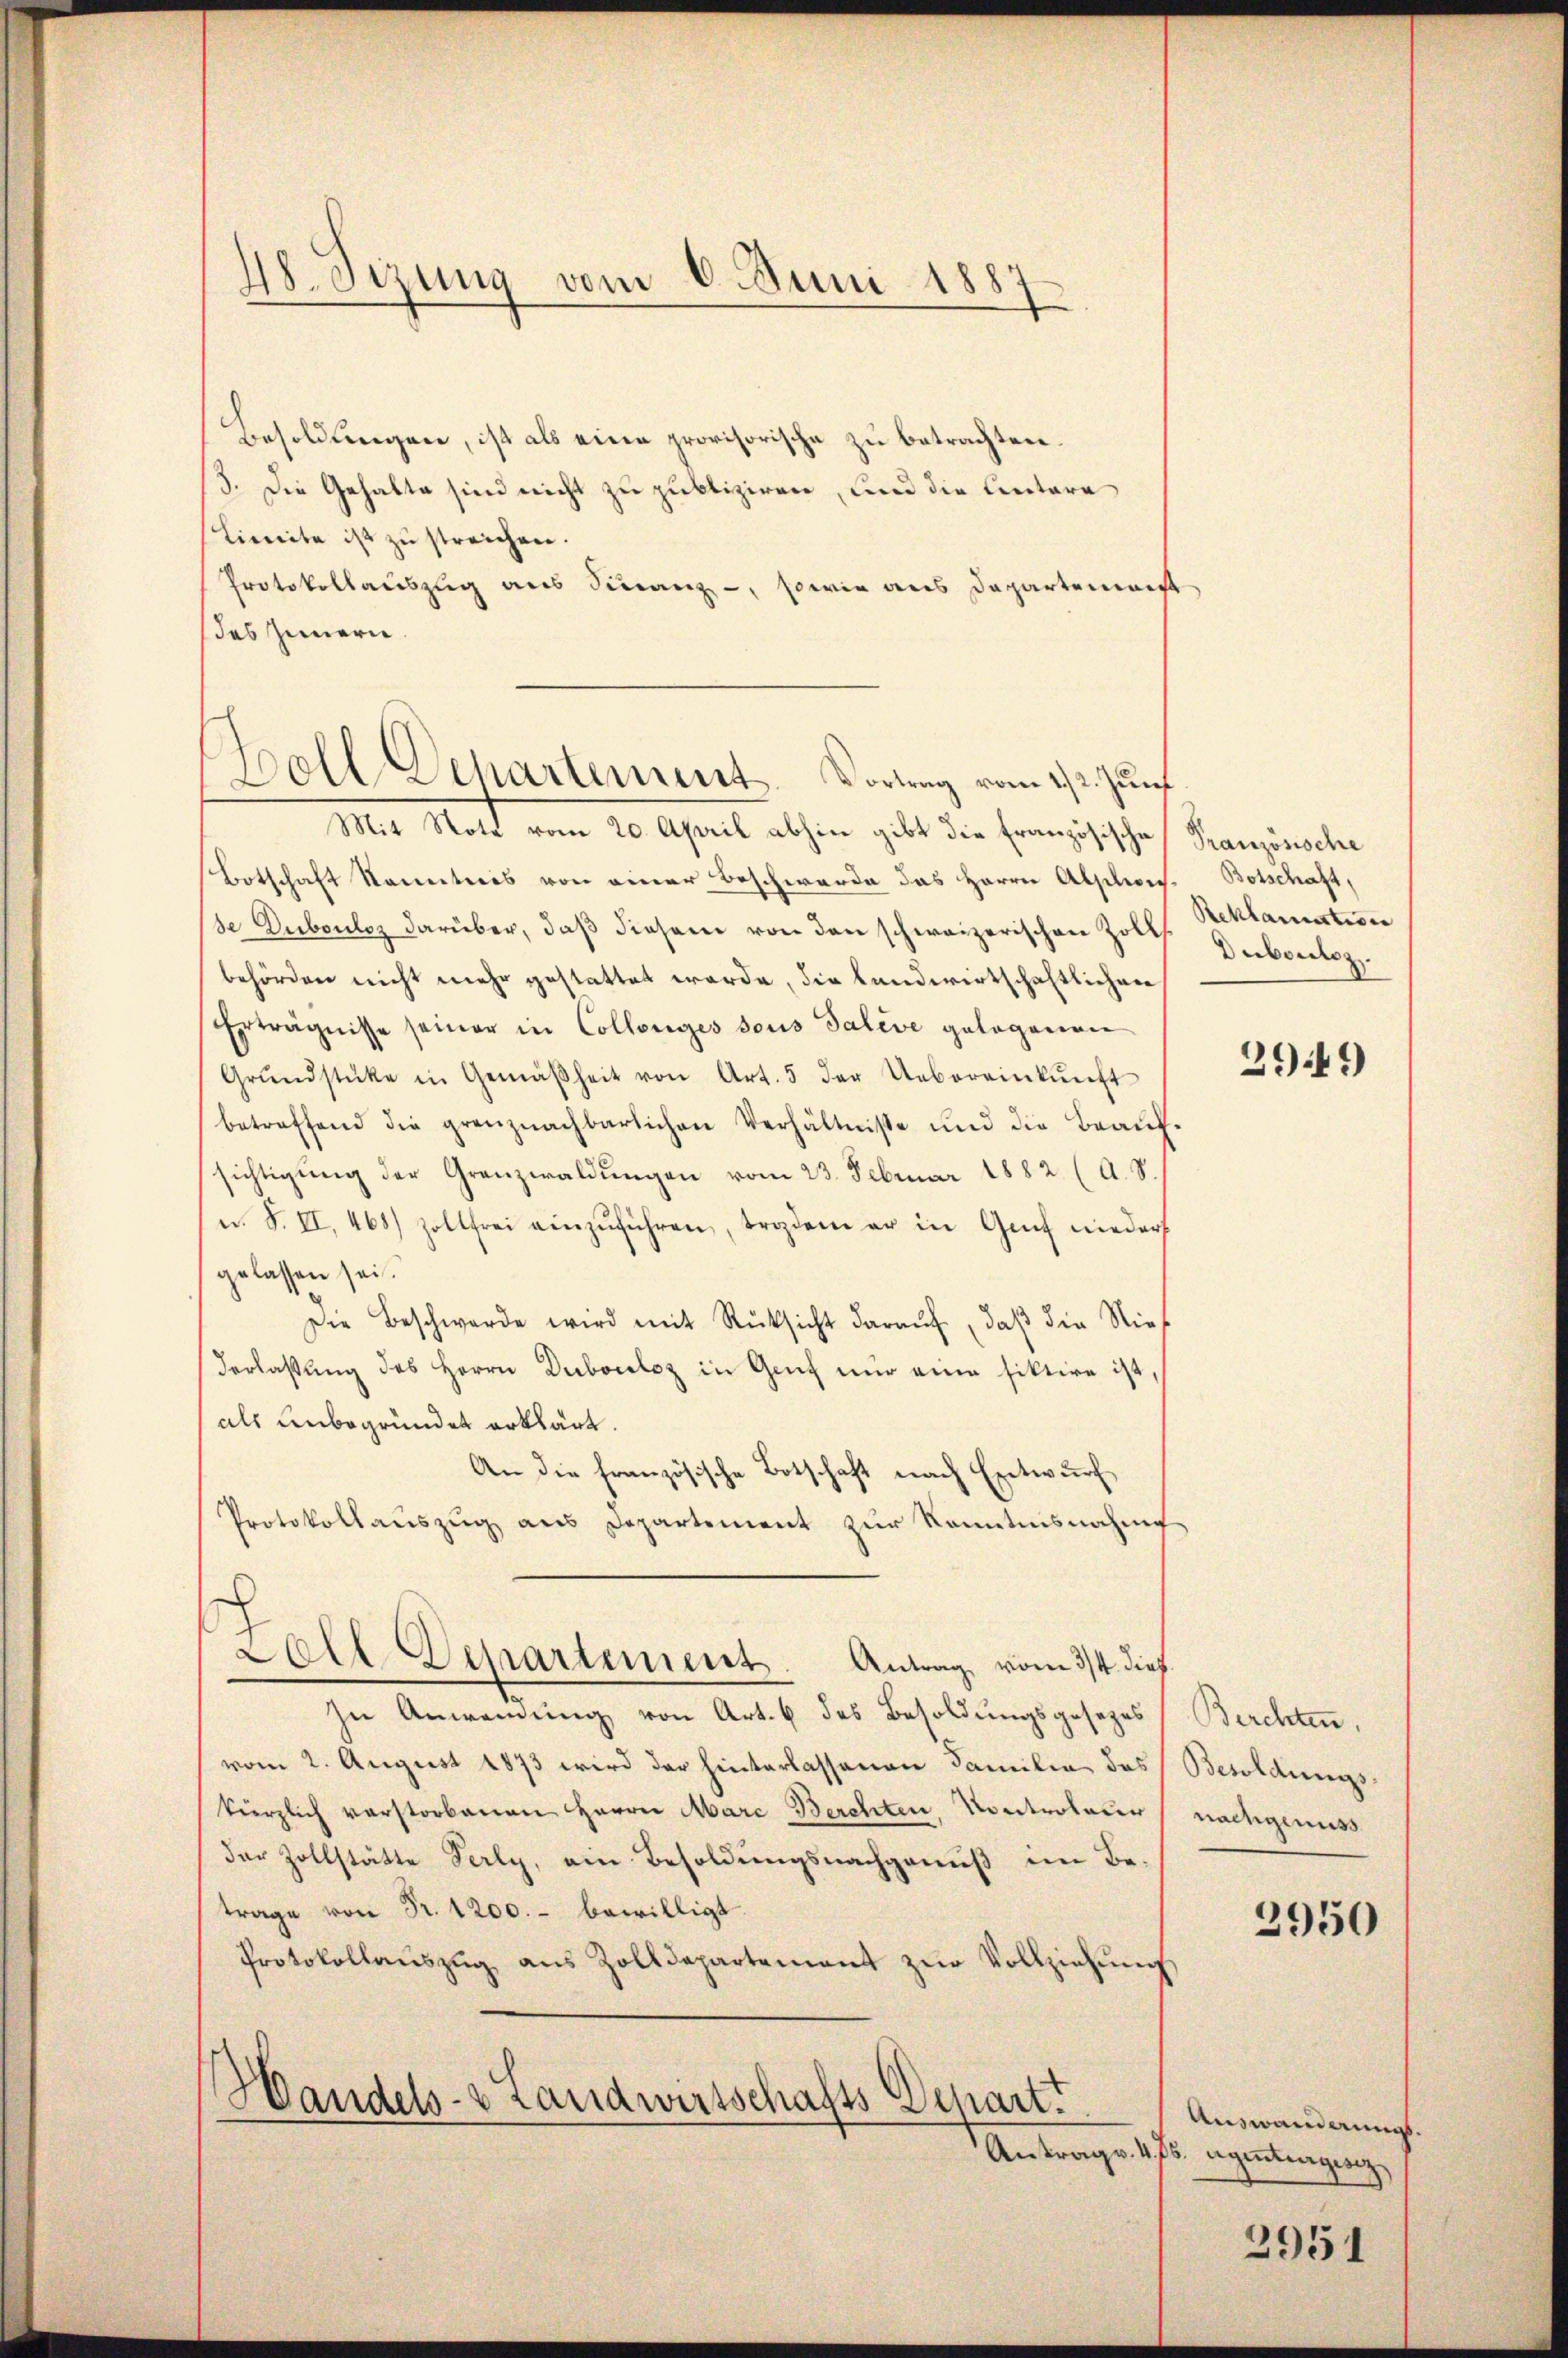
48. Sizung vom 6. Juni 1887

Besoldungen, ist als eine provisorische zu betrachten.
3. Die Gehalte sind nicht zu publiziren, und die Untere
(Limita ist zu streichen.
Protokollauszug aus Finanz-, sowie aus Departement
des Innern
Mit Note vom 20. April abhin gibt die Französische Französische
Botschaft kanntnis von einer Beschwerde das Herrn Alplies. Botschaft,
se Dubouloz darüber, daß diesem von den schweizerischen Zeit Guboulez
behörden nicht mehr gestattet werde, die Landwirtschaftlichen
Erträgnisse seiner in Collenges sous Talive gelegenen
Grŭndstücke in Gemäßheit von Art. 5 der Uebereinkŭnft
betreffend die grenznachbarlichen Verhältnisse und die Beaŭf-
sichtigŭng der Grenzwaldŭngen vom 23. Februar 1882 (A. S.
u. F. II, 468) zollfrei einzŭführen, traden er in Genf nieder
gelassen sei.
Die Beschwerde wird mit Rücksicht daraŭf, daß die Nie¬
Verlassung des Herrn Dubocelz in Genf nur eine fiktire ist,
als Unbegründet erklärt.
An die französische Botschaft nach Entwurf
Protokollaŭszŭg aŭs Departement zŭr Kenntnisnahme
Loll-Departement. Antrag, vom 3/4. dieß
In Anwendung von Art. 6 des Besoldungsgesetzes (Berchten,
vom 2. August 1873 wird der hinterlassenen Familie das Besoldungskürzlich verstorbenen Herrn Mare Berchten, Kontroleur nachgenuss
der Zollstätte Perly, ein Besoldungsnachgenuß im Be-
trage von Fr. 1200.- bewilligt
Protokollaŭszŭg aŭs Zolldepartement zŭr Vollziehŭng
Handels- & Landwirtschafts Depart.
Antrag v. 4. ds. Agentragesz

Boll Dehartement. Vortrag vom 22. Jun

Reklamativer

2949

2950

Auswanderungs¬

2951